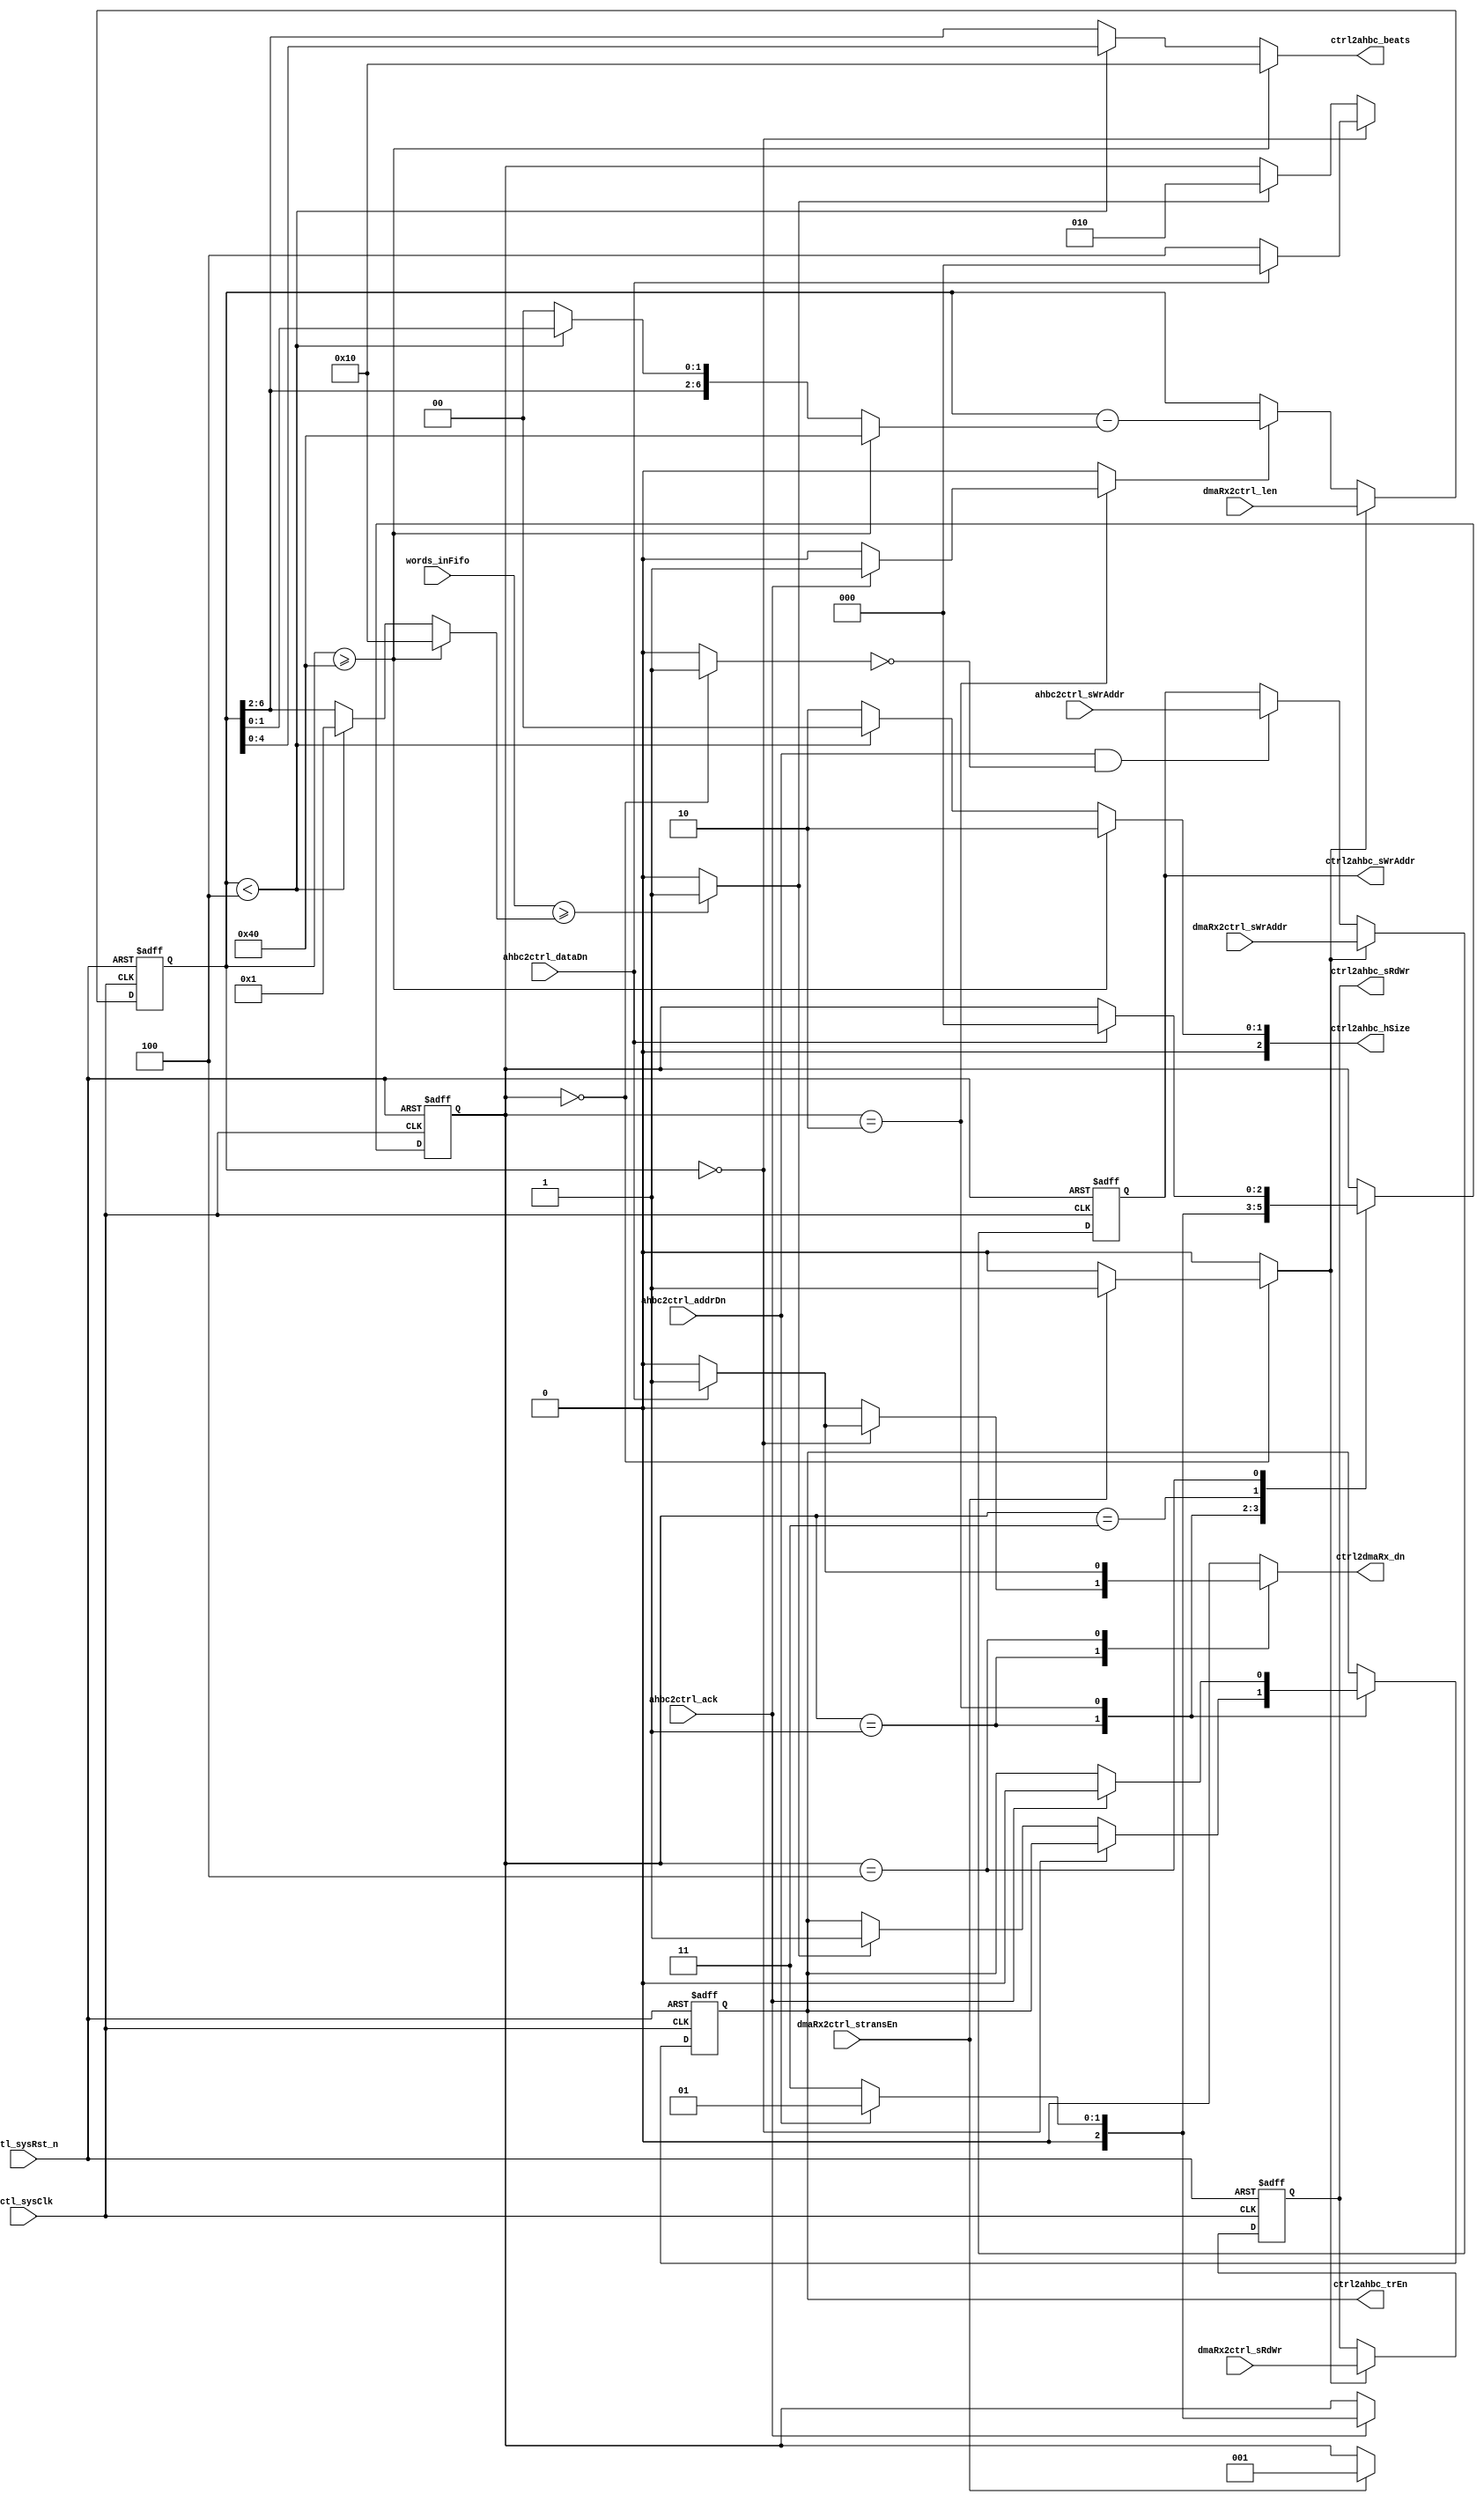
`timescale 1ns / 1ps
//-------------------------------------------------------------------
// Copyright  2012 TECHVULCAN, Inc. All rights reserved.		   
// TechVulcan Confidential and Proprietary
// Not to be used, copied reproduced in whole or in part, nor	   
// its contents							   
// revealed in any manner to others without the express written	   
// permission	of TechVulcan 					   
// Licensed Material.						   
// Program Property of TECHVULCAN Incorporated.	
// ------------------------------------------------------------------
// AUTHOR EMAIL	: anuj.pandey@techvulcan.com
// VERSION        : 0.4
//-------------------------------------------------------------------

// TODO changes in version 0.4
// TODO threshold condition has changed..earlier i was checking for == now i am checking for >=

// TODO changes in version 0.3
// TODO delay in back to back transfers - pending
// TODO when tx part is working..no signal should b driven in this block - done

// TODO changes in version 0.2
// dmaRx2ctrl_sRdWr signal is registered now - done

module uctl_ctrlAhbRx#(
   parameter CNTR_WD     = 20                           ,                               
             ADDR_SIZE   = 32                           ,
             DATA_SIZE   = 32 
)(

   //----------------------------------------------------
   // Global signals
   //----------------------------------------------------

   //----------------------------------------------------
   // System uctl_sysClk
   //----------------------------------------------------
   input  wire                    uctl_sysClk           ,
   input  wire                    uctl_sysRst_n         ,

   //----------------------------------------------------
   // DMA interface
   //----------------------------------------------------
   input  wire [CNTR_WD     -1:0] dmaRx2ctrl_len        ,
   input  wire                    dmaRx2ctrl_sRdWr      ,// Read or write operation
   input  wire                    dmaRx2ctrl_stransEn   ,
   input  wire [ADDR_SIZE   -1:0] dmaRx2ctrl_sWrAddr    ,//TODO this signal wil directly go to the ahb or thru ctrl logic

   output reg                     ctrl2dmaRx_dn         ,


   

   //----------------------------------------------------
   // FIFO signals
   //----------------------------------------------------
   input  wire [5           -1:0] words_inFifo          ,

   //----------------------------------------------------
   // AHB i/o
   //----------------------------------------------------
   input  wire                    ahbc2ctrl_ack         ,// ack from ahb to ctrl logic dt info has recvd 
   input  wire                    ahbc2ctrl_addrDn      ,// after trsnfrin burst, done frm ahb 2 ctrl lgic 
   input  wire                    ahbc2ctrl_dataDn      ,// after trsnfrin whole data, done frm ahb 2 ctrl lgic
   input  wire [31           :0]  ahbc2ctrl_sWrAddr     ,

   output reg                     ctrl2ahbc_trEn        ,// enbl signl frm control logic 2 strt the trnsfr
   output wire [4            :0]  ctrl2ahbc_beats       ,// no f beats in a burst ( length f trnsfr )
   output wire [2            :0]  ctrl2ahbc_hSize       ,// width of transfer
   output wire [ADDR_SIZE  -1:0]  ctrl2ahbc_sWrAddr     , 
   output reg                    ctrl2ahbc_sRdWr 
               
      

   );   

   //----------------------------------------------------
   // internal reg / wires
   //----------------------------------------------------

   reg [CNTR_WD     -1:0]         nBytes               ;
   reg [4             :0]         ctrlBeats            ;
   reg [2             :0]         ctrlHsize            ;
   reg                            nBytes_ld            ;
   reg                            sys_addr_ld          ;
   reg [5           -1:0]         nWords_delta         ;
   reg [7           -1:0]         nBytes_delta         ;//no f bytes sent
   reg                            nBytes_decr          ;
   reg                            ctrl2ahbc_trEn_nxt   ;
   reg [3           -1:0]         cur_state            ,
                                  nxt_state            ;
   wire                           threshold            ;
   reg [31            :0]         sys_wrAdd            ;
   reg                            RdWr_ld              ;
   reg                            idle_state           ;

   //----------------------------------------------------
   // local params
   //----------------------------------------------------
   localparam  WORD           = 3'b010                  ;
   localparam  HWORD          = 3'b001                  ;
   localparam  BYTES          = 3'b000                  ; 

   localparam  INCR16         = 3'b111                  ; // 16 beat transfer
   localparam  INCR           = 3'b001                  ; // undefined length transfr
   localparam  STRANS         = 3'b000                  ; // single transfer

   localparam  IDLE           = 3'b000,
               FIFOTHRESHLD   = 3'b001,
               SUBTRREQ       = 3'b010,
               SUBTRANS       = 3'b011,
               WTDDN          = 3'b100;


   //----------------------------------------------------
   // code starts here
   //----------------------------------------------------


   assign threshold         = (words_inFifo >= nWords_delta) ? 1'b1 : 1'b0;
   assign ctrl2ahbc_beats   = ctrlBeats ; // ctrlHsize; 
   assign ctrl2ahbc_hSize   = ctrlHsize ; //ctrlBeats;
   assign ctrl2ahbc_sWrAddr = sys_wrAdd ;
   //assign ctrl2ahbc_sRdWr   = dmaRx2ctrl_sRdWr;  TODO : now we are registering this signal..and will send with ctrl2ahbc_trEn

   always @ (posedge uctl_sysClk , negedge  uctl_sysRst_n) begin
      if(!uctl_sysRst_n) begin
         sys_wrAdd <= {32{1'b0}};
      end
      else if(sys_addr_ld) begin
         sys_wrAdd <= dmaRx2ctrl_sWrAddr;
      end 
      else if(ahbc2ctrl_addrDn && !idle_state) begin
         sys_wrAdd <= ahbc2ctrl_sWrAddr;
      end
   end

   always @ (posedge uctl_sysClk , negedge  uctl_sysRst_n) begin
      if(!uctl_sysRst_n) begin
         ctrl2ahbc_trEn    <= 1'b0;
      end
      else begin 
         ctrl2ahbc_trEn    <= ctrl2ahbc_trEn_nxt;
      end
   end

   always @ (posedge uctl_sysClk , negedge  uctl_sysRst_n) begin
      if(!uctl_sysRst_n) begin
         ctrl2ahbc_sRdWr    <= 1'b0;
      end
      else if(RdWr_ld == 1'b1) begin 
         ctrl2ahbc_sRdWr    <= dmaRx2ctrl_sRdWr;
      end
   end


   always @ (posedge uctl_sysClk , negedge  uctl_sysRst_n) begin
      if(!uctl_sysRst_n) begin
         nBytes <= {CNTR_WD{1'b0}};             
      end
      // storing incoming byte length into local reg
      else if(nBytes_ld) begin 
         nBytes <= dmaRx2ctrl_len;
      end
      else if(nBytes_decr) begin
         nBytes <=  nBytes - nBytes_delta;
      end
   end


   always@(*) begin
      if(nBytes >= 20'd64) begin
         ctrlHsize    =  WORD  ;
         ctrlBeats    =  5'd16 ;
         nBytes_delta =  7'd64;
         nWords_delta =  5'd16;
      end
      else if (nBytes < 4) begin
         ctrlHsize    =  BYTES;
         ctrlBeats    =  nBytes[4:0];
         nBytes_delta =  nBytes[6:0];
         nWords_delta =  5'd1;
      end
      else begin 
         ctrlHsize    =  WORD;
         //ctrlBeats    =  {2'b00 , nBytes[4:2]};    TODO why we changed it
         ctrlBeats    =   nBytes[6:2];
         nBytes_delta =  {nBytes[6:2], 2'b00};
         nWords_delta =   nBytes[6:2];
      end
   end


   //----------------------------------------------------
   // state machine
   //----------------------------------------------------
   always@(*) begin//{
      ctrl2ahbc_trEn_nxt   = ctrl2ahbc_trEn;
      nBytes_decr          = 1'b0;
      nxt_state            = cur_state;
      nBytes_ld            = 1'b0;
      sys_addr_ld          = 1'b0;
      ctrl2dmaRx_dn        = 1'b0;
      RdWr_ld              = 1'b0;
      idle_state           = 1'b0;

      case(cur_state) //{
         // default state
         IDLE : begin//{
            idle_state  = 1'b1;
            if(dmaRx2ctrl_stransEn == 1'b1) begin//{
               nBytes_ld = 1'b1;
               sys_addr_ld = 1'b1;
               nxt_state = FIFOTHRESHLD ;
               RdWr_ld = 1'b1; // TODO new signal added
            end//}
         end//}

         FIFOTHRESHLD : begin//{
               RdWr_ld = 1'b0; // TODO new signal added
            if (nBytes=={CNTR_WD{1'b0}}) begin
               if(ahbc2ctrl_dataDn) begin
                  ctrl2dmaRx_dn    =1'b1;
                  nxt_state = IDLE;
               end
               else begin
                  nxt_state = WTDDN;
               end
            end
            else begin
               if(threshold == 1'b1) begin//{
                  nxt_state = SUBTRREQ ;
                  ctrl2ahbc_trEn_nxt = 1'b1; //signl wil go on clock only..
               end//}
            end
         end//}
         
         SUBTRREQ : begin//{
               RdWr_ld = 1'b0; // TODO new signal added
            if(ahbc2ctrl_ack) begin
               nBytes_decr = 1'b1;
               if (ahbc2ctrl_addrDn) begin
                  nxt_state = FIFOTHRESHLD;
               end
               else begin
                  nxt_state = SUBTRANS;
               end
               ctrl2ahbc_trEn_nxt = 1'b0;
            end
         end //}

         SUBTRANS: begin//{
               RdWr_ld = 1'b0; // TODO new signal added
            if (ahbc2ctrl_addrDn) begin
               nxt_state = FIFOTHRESHLD;
            end
            else begin
               nxt_state = SUBTRANS;
            end
         end//}

         WTDDN: begin//{
               RdWr_ld = 1'b0; // TODO new signal added
            if(ahbc2ctrl_dataDn) begin
               ctrl2dmaRx_dn   =1'b1;
               nxt_state     = IDLE;
            end

         end//}

      endcase//}
   end//}

   always @ (posedge uctl_sysClk or negedge  uctl_sysRst_n) begin
      if (!uctl_sysRst_n) begin
         cur_state <=  IDLE;
      end
      else begin
         cur_state <= nxt_state;
      end
   end 


endmodule